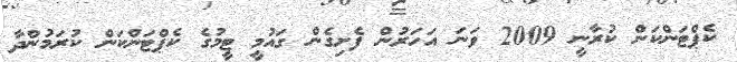
ކެޕްޓަންކަން ކުރާނީ 2009 ވަނަ އަހަރުން ފެށިގެން ގައުމީ ޓީމުގެ ކެޕްޓަންކަން ކުރަމުންދާ